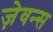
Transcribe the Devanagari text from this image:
ज़ेवन्स